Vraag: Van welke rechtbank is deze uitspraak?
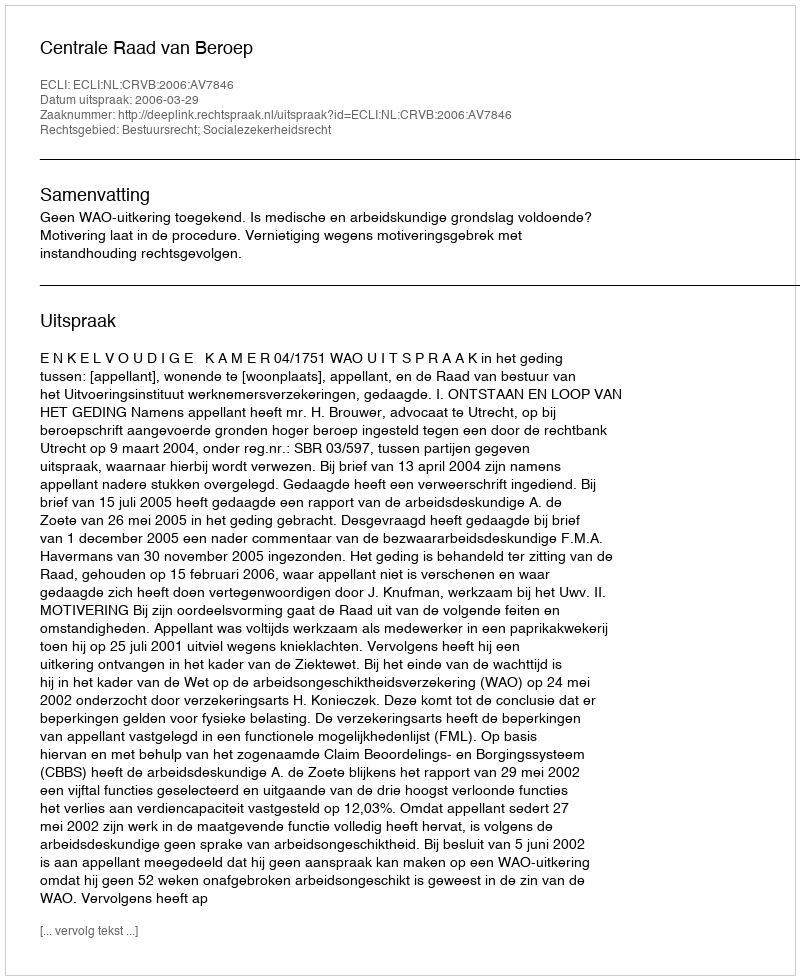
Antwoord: Centrale Raad van Beroep